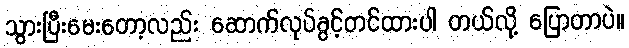
သွားပြီးမေးတော့လည်း ဆောက်လုပ်ခွင့်တင်ထားပါ တယ်လို့ ပြောတာပဲ။